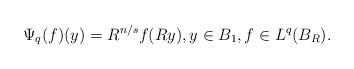
LaTeX: \begin{align*}\Psi_q(f)(y) = R^{n/s} f(Ry),y \in B_1,f\in L^q(B_R). \end{align*}